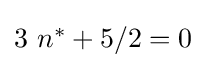
{\textstyle 3\ n^{\ast }+5/2=0}